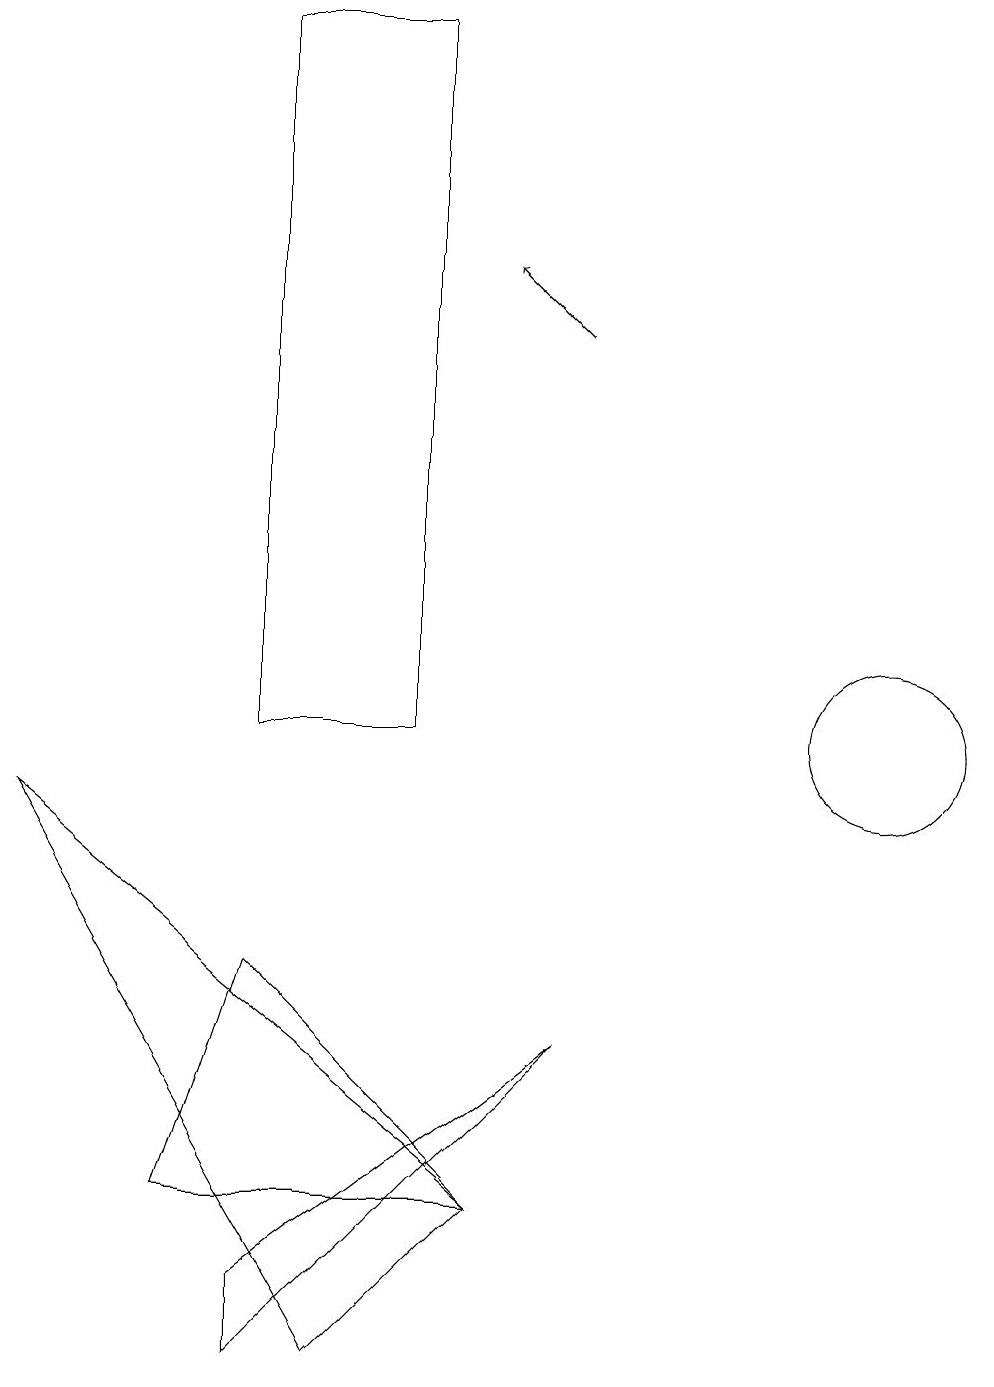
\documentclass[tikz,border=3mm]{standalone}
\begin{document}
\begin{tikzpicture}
\draw (3,4) -- (7,4) -- (4,7) -- cycle;
\draw (12,12) circle (0);
\draw (4,2) -- (4,3) -- (8,6) -- cycle;
\draw (7,4) -- (5,2) -- (1,9) -- cycle;
\draw (12,10) circle (1);
\draw (4,10) rectangle (6,19);
\draw[->] (8,15) -- (7,16);
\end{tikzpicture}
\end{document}